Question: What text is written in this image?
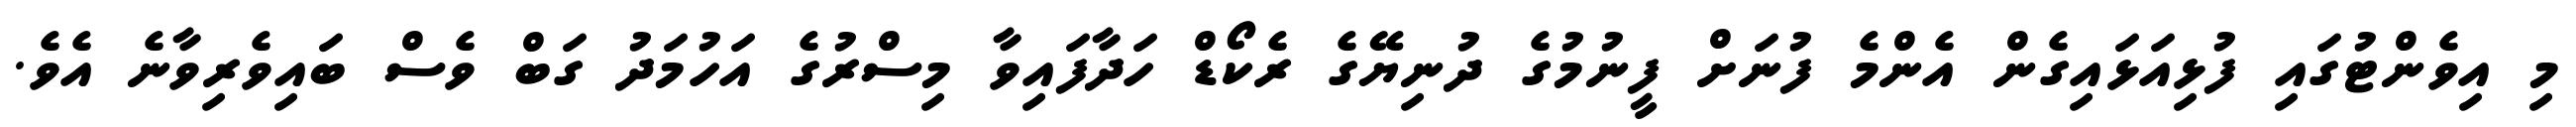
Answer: މި އިވެންޓުގައި ފުޅިއަޅައިގެން އެންމެ ފުނަށް ފީނުމުގެ ދުނިޔޭގެ ރެކޯޑް ހަދާފައިވާ މިސްރުގެ އަހުމަދު ގަބް ވެސް ބައިވެރިވާނެ އެވެ.